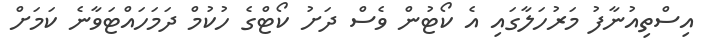
އިސްތިއުނާފު މަރުހަލާގައި އެ ކޯޓުން ވެސް ދަށު ކޯޓްގެ ހުކުމް ދަމަހައްޓަވާނެ ކަމަށް